Rasina_vallavalitsus, lk 45
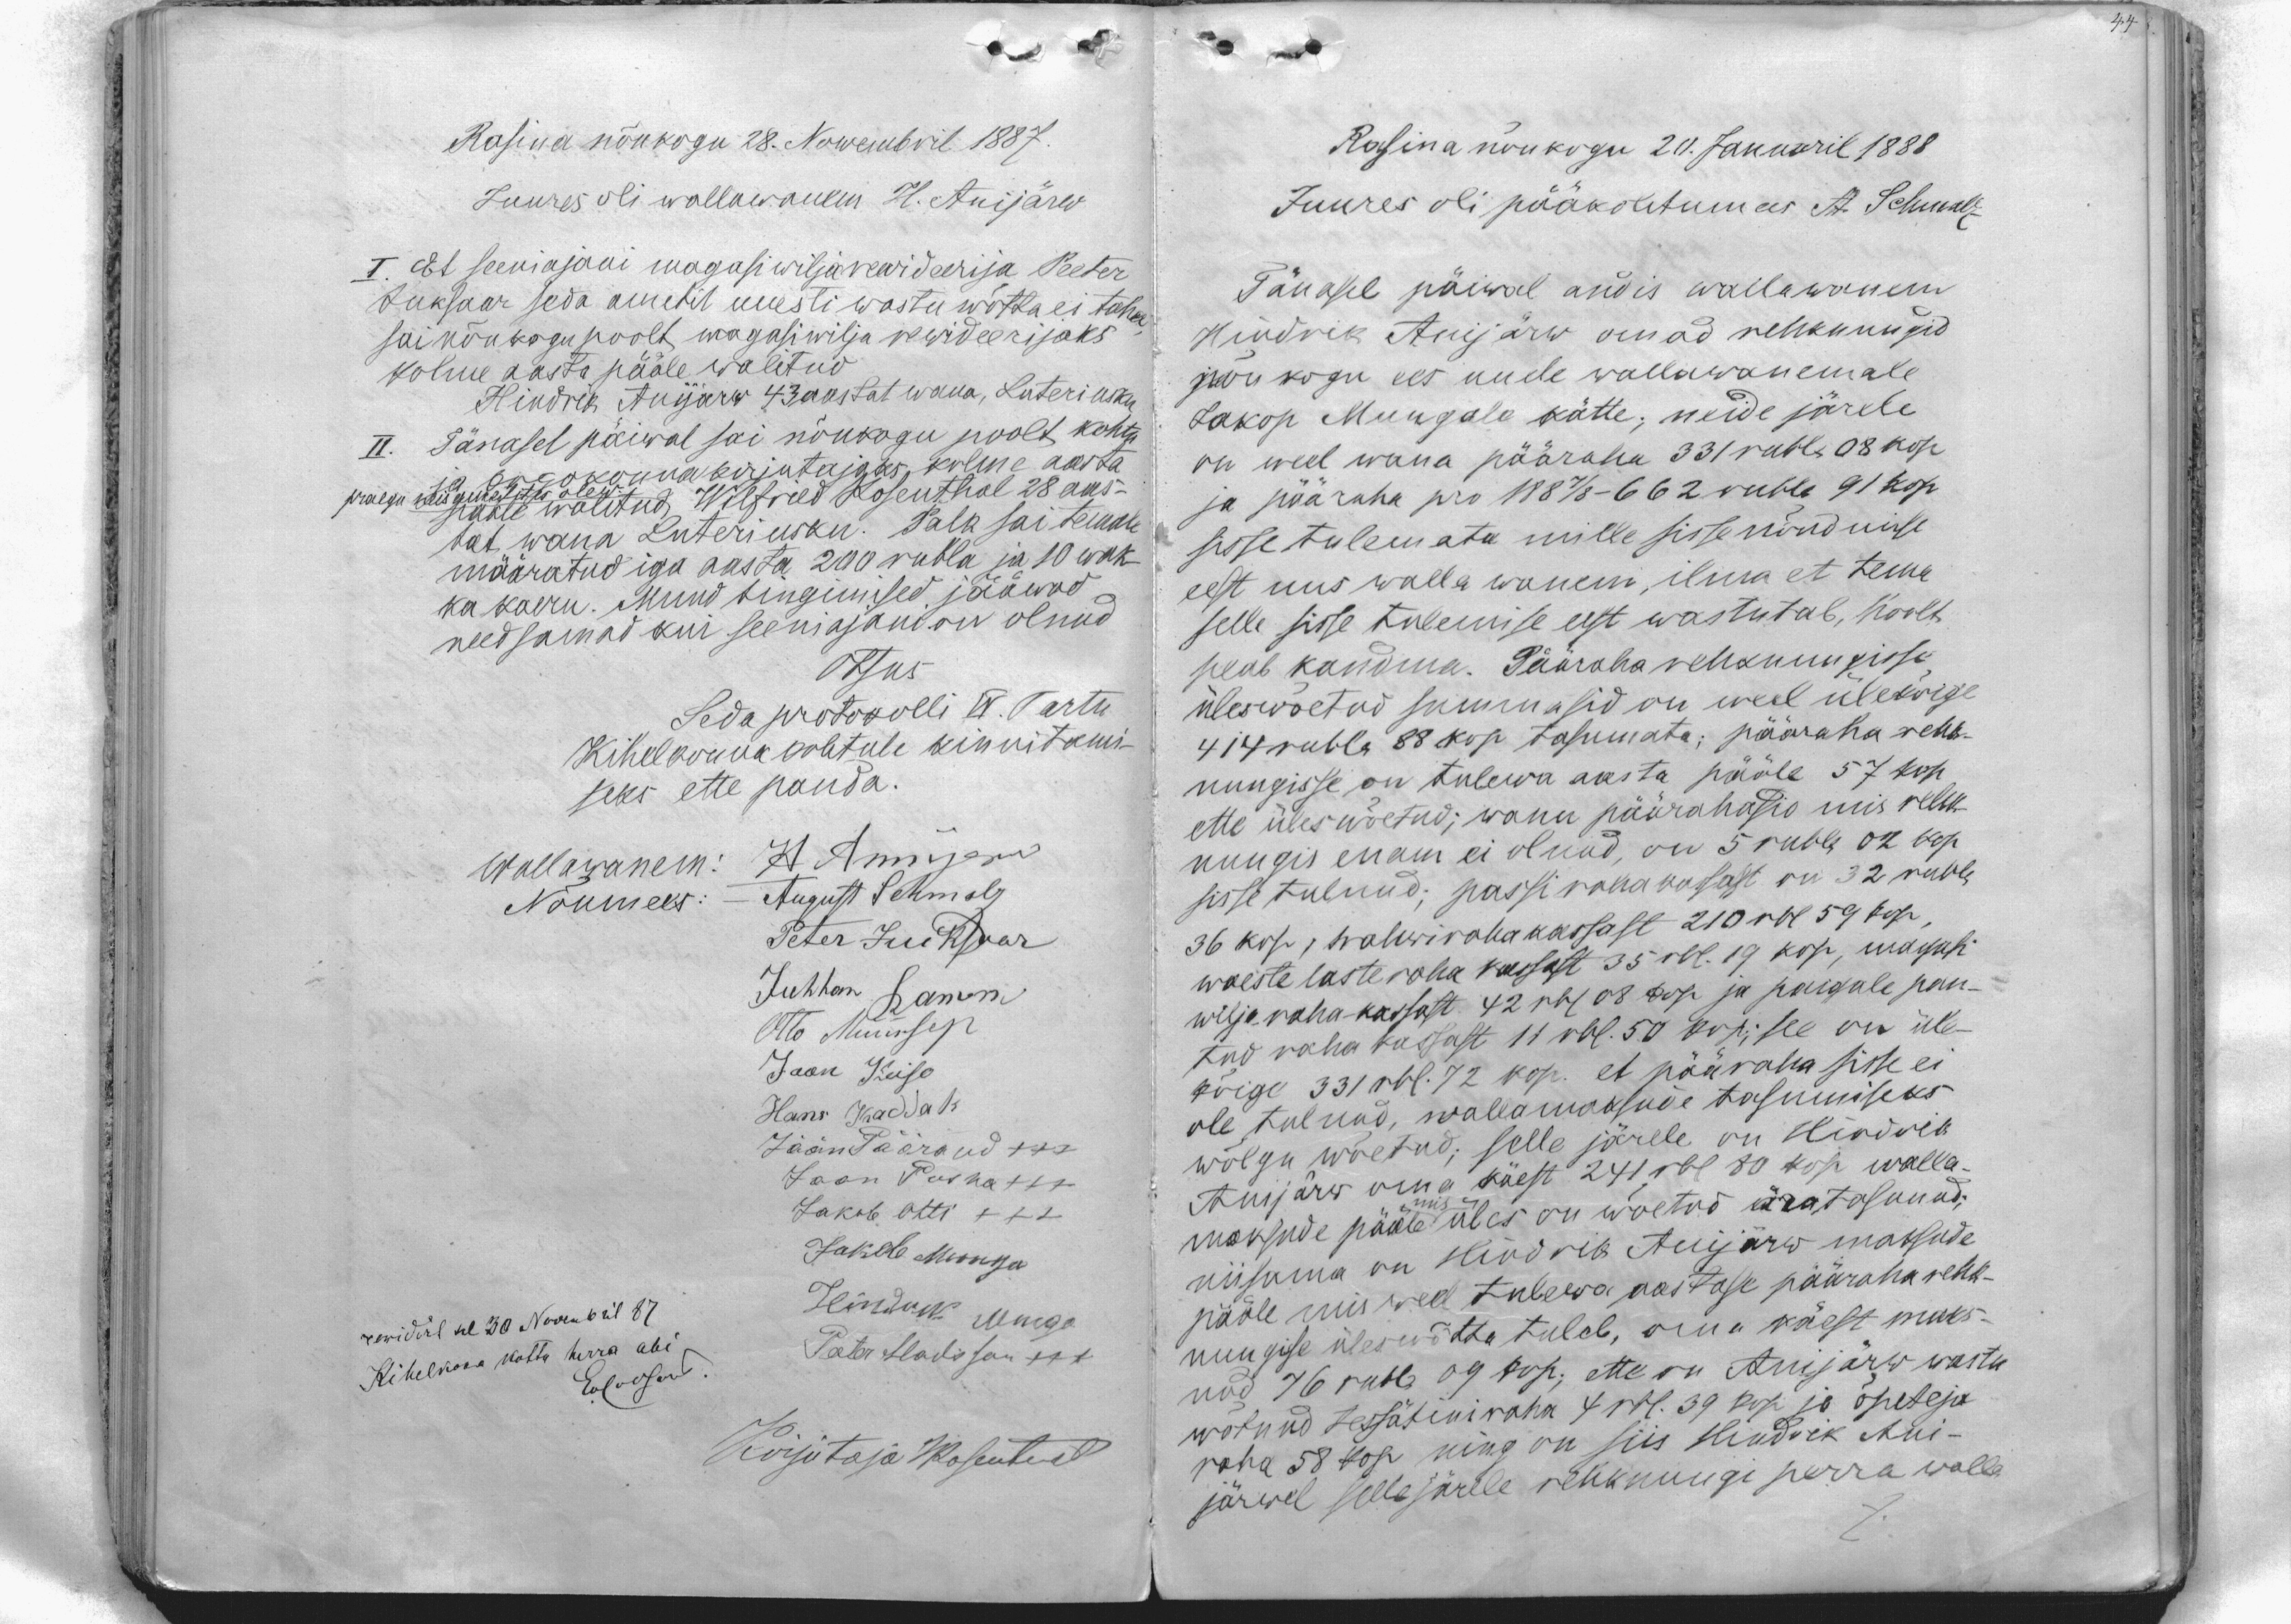
Rasina nõukogu 28. Nowembril 1887.
Juures oli wallawanem H. Anijärw
I. Et seeniajani magasi wiljarewideerija Peeter
Juksaar seda ametit uuesti wastu wõtta ei taha
sai nõukogu poolt magasiwilja rewideerijaks
kolme aasta pääle walitud
Hindrik Anijärw 43 aastat wana, Luteri usku
II. Tänasel päiwal sai nõukogu poolt kohtu
ja kogukonna kirjutajaks kolme aasta
praegu neis ametites olew
pääle walitud Wilfried Rosenthal 28 aas-
dat wana Luteri usku. Palk sai temale
määratud iga aasta 200 rubla ja 10 wak-
ka kaeru. Muud tingimised jääwad
needsamad kui seeniajani on olnud
Otsus
Seda protokolli IV. Tartu
Kihelkonna kohtule kinnitami-
seks ette panda.
Wallawanem: H. Annijerw
Nõumees: - August Schmalz
Peter Jueksaar
Juhhan Ramm
Otto Müürsep
Jaan Keiso
Hans Kaddak
Jään Päärand +++
Jaan Poska +++
Jakob Otti +++
Jakob Muuga
rewidirt sel 30 Nowembril 87
Hindrik Muga
Kihelkona kohtu herra abi
Peeter Madisson +++
Evrossow
Kirjutaja WRosenthal

Rasina nõukogu 20. Januaril 1888
Juures oli pääkohtumees A. Schmalz
Tänasel päiwal andis wallawanem
Hindrik Anijärw omad rehknungid
nõukogu ees uuele wallawanemale
Jakop Muugale kätte; neide järele
on weel wana pääraha 331 rubla 08 kop
ja pääraha pro 1887/8-662 rubla 91 kop
sisse tulemata mille sissenõudmise
eest uus walla wanem, ilma et tema
selle sisse tulemise eest wastutab, hoolt
peab kandma. Pääraha rehknungisse
üleswõetud summasid on weel ülekõige
414 rubla 88 kop tasumata; pääraha rehk-
nungisse on tulewa aasta pääle 57 kop
ette üles wõetud; wanu päärahasid mis rehk-
nungis enam ei olnud, on 5 rubla 02 kop
sisse tulnud; passiraha kassast on 32 rubla
36 kop, trahwiraha kassast 210 rbl 59 kop,
waeste laste raha kassast 35 rbl. 19 kop, magasi
wilja rahakassast 42 rbl 08 kop ja paigale pan-
tud raha kassast 11 rbl. 50 kop; see on üle-
kõige 331 rbl. 72 kop. et pääraha sisse ei
ole tulnud, wallamaksude tasumiseks
wõlgu wõetud; selle järele on Hindrik
Anijärw oma käest 241 rbl 80 kop. walla-
mis
maksude pääle üles on wõetud äratasunud;
niisama on Hindrik Anijärw maksude
pääle mis weel tulewa aastase pääraha rehk-
nungise üleswõtta tuleb, oma käest maks-
nud 76 rubla 09 kop; ette on Anijärw wastu
wõtnud tessätiniraha 4 rbl. 39 kop. ja õpetaja
raha 58 kop ning on siis Hindrik Ani-
järwel selle järele rehknungi perra walla